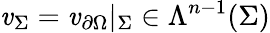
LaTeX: \mathit{v}_{\Sigma}=\mathit{v}_{\partial\Omega}|_{\Sigma}\in\Lambda^{n-1}(\Sigma)